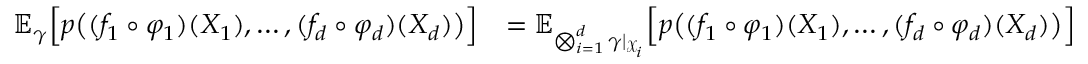
\begin{array} { r l } { \mathbb { E } _ { \gamma } \Big [ p \big ( ( f _ { 1 } \circ \varphi _ { 1 } ) ( X _ { 1 } ) , \dots , ( f _ { d } \circ \varphi _ { d } ) ( X _ { d } ) \big ) \Big ] } & { = \mathbb { E } _ { \bigotimes _ { i = 1 } ^ { d } \gamma \vert _ { \mathcal { X } _ { i } } } \Big [ p \big ( ( f _ { 1 } \circ \varphi _ { 1 } ) ( X _ { 1 } ) , \dots , ( f _ { d } \circ \varphi _ { d } ) ( X _ { d } ) \big ) \Big ] } \end{array}